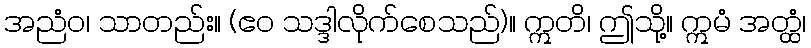
အညံဝ၊ သာတည်း။ (ဧဝ သဒ္ဒါလိုက်စေသည်)။ ဣတိ၊ ဤသို့။ ဣမံ အတ္ထံ၊